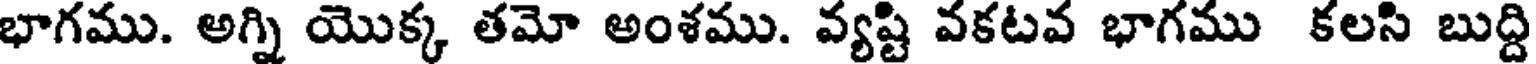
భాగము. అగ్ని యొక్క తమో అంశము. వ్యష్టి వకటవ భాగము కలసి బుద్ది